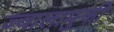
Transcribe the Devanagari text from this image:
ज्वालामुकी